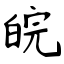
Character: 皖